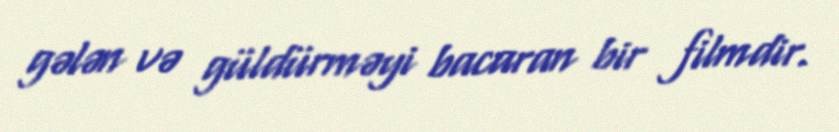
gələn və güldürməyi bacaran bir filmdir.